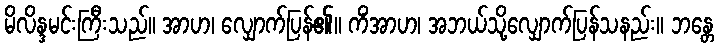
မိလိန္ဒမင်းကြီးသည်။ အာဟ၊ လျှောက်ပြန်၏။ ကိံအာဟ၊ အဘယ်သို့လျှောက်ပြန်သနည်း။ ဘန္တေ